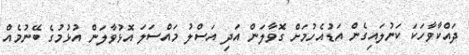
ދައްކާވާހަކަ ކަނުލައިގެން އަޑުއެހުމަށް ގޮވާލަން އަދި އަސްލު މައްސަލަ އޮޅުވާލަން އުޅުމުގެ ބޭނުމެއް